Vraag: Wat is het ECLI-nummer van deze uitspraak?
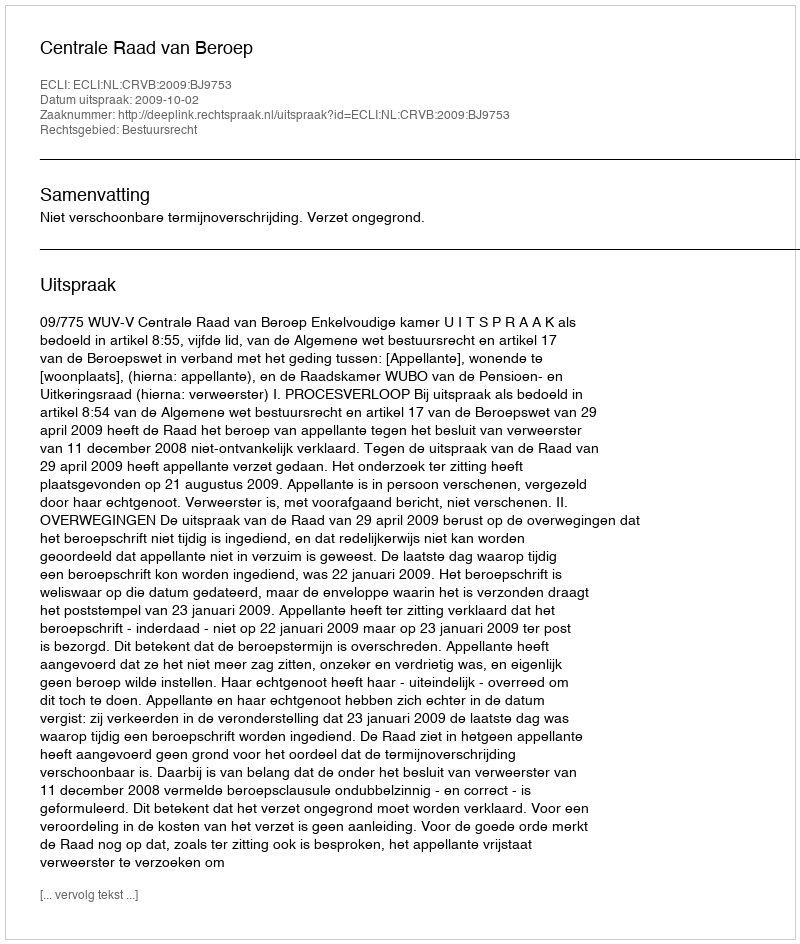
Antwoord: ECLI:NL:CRVB:2009:BJ9753